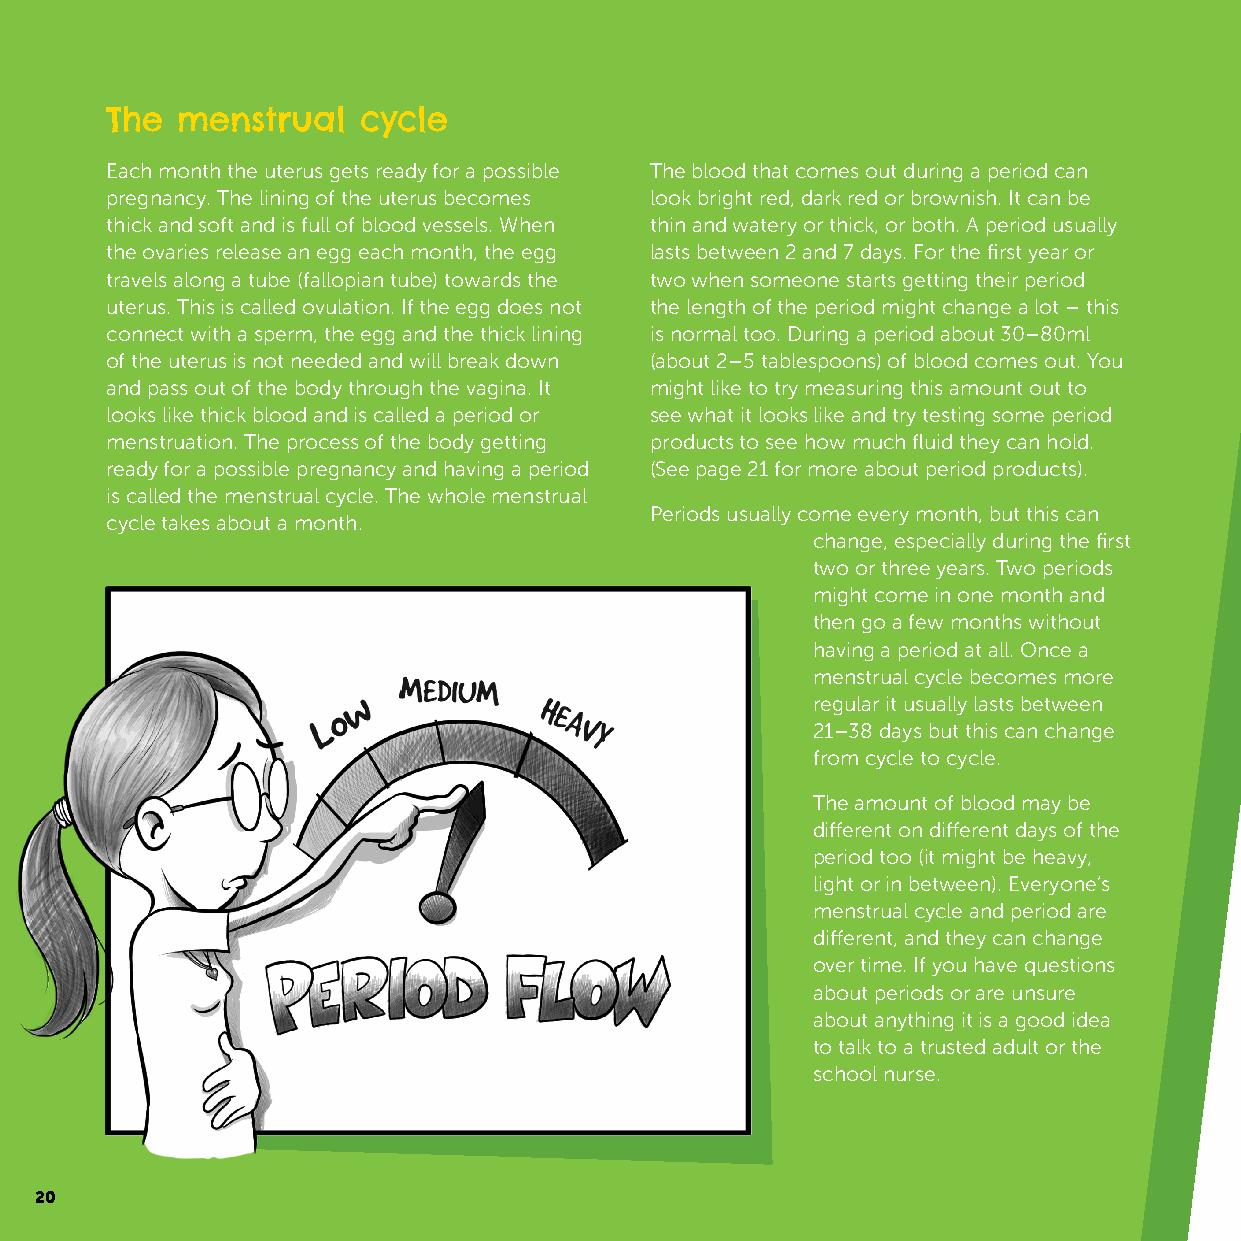
The  menstrual   cycle
 Each month the uterus gets ready for a possible The blood that comes out during a period can
 pregnancy. The lining of the uterus becomes look bright red, dark red or brownish. It can be
 thick and soft and is full of blood vessels. When thin and watery or thick, or both. A period usually
 the ovaries release an egg each month, the egg lasts between 2 and 7 days. For the first year or
 travels along a tube (fallopian tube) towards the two when someone starts getting their period
 uterus. This is called ovulation. If the egg does not the length of the period might change a lot – this
 connect with a sperm, the egg and the thick lining is normal too. During a period about 30–80ml
 of the uterus is not needed and will break down (about 2–5 tablespoons) of blood comes out. You
 and pass out of the body through the vagina. It might like to try measuring this amount out to
 looks like thick blood and is called a period or see what it looks like and try testing some period
 menstruation. The process of the body getting products to see how much fluid they can hold.
 ready for a possible pregnancy and having a period (See page 21 for more about period products).
 is called the menstrual cycle. The whole menstrual
 Periods usually come every month, but this can
 cycle takes about a month.
 change, especially during the first
 two or three years. Two periods
 might come in one month and
 then go a few months without
 having a period at all. Once a
 menstrual cycle becomes more
 regular it usually lasts between
 21–38 days but this can change
 from cycle to cycle.
 The amount of blood may be
 different on different days of the
 period too (it might be heavy,
 light or in between). Everyone’s
 menstrual cycle and period are
 different, and they can change
 over time. If you have questions
 about periods or are unsure
 about anything it is a good idea
 to talk to a trusted adult or the
 school nurse.
 20